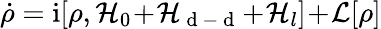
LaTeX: \dot{\rho}=\mathrm{i}[\rho,\mathcal{H}_{0}\! +\! \mathcal{H}_{\mathrm{~d~-~d~}}\! +\! \mathcal{H}_{l}]\! +\! \mathcal{L}[\rho]